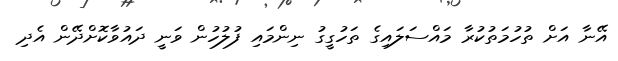
އޭނާ އަށް ތުހުމަތުކުރާ މައްސަލައިގެ ތަހުގީގު ނިންމައި ފުލުހުން ވަނީ ދައުވާކޮށްދޭން އެދި